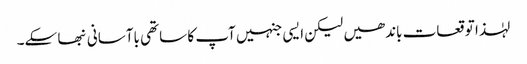
لہٰذا توقعات باندھیں لیکن ایسی جنہیں آپ کا ساتھی باآسانی نبھا سکے۔